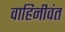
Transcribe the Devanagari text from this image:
वाहिनीवंत